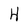
Character: H